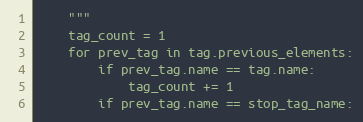
Language: Python
    """
    tag_count = 1
    for prev_tag in tag.previous_elements:
        if prev_tag.name == tag.name:
            tag_count += 1
        if prev_tag.name == stop_tag_name: